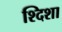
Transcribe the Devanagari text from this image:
श्दिशा